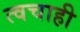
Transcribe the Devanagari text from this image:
त्वचाही